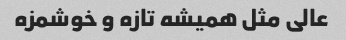
عالی مثل همیشه تازه و خوشمزه